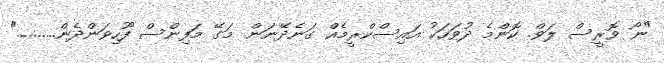
"ނޯ ވޮރީސް ލަވް. ކޮންމެ ދުވަހަކު އައިސްކްރީމެއް ގަނެދޭނަން. މަގޭ މަފިންސް ފޫހިވަންދެން.........."